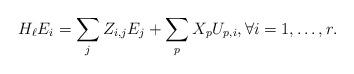
LaTeX: \begin{align*} H_\ell E_i = \sum_j Z_{i,j}E_j + \sum_p X_pU_{p,i}, \forall i=1,\ldots,r.\end{align*}